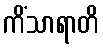
ကိံသာရာတိ